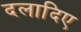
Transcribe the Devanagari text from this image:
दलादिए